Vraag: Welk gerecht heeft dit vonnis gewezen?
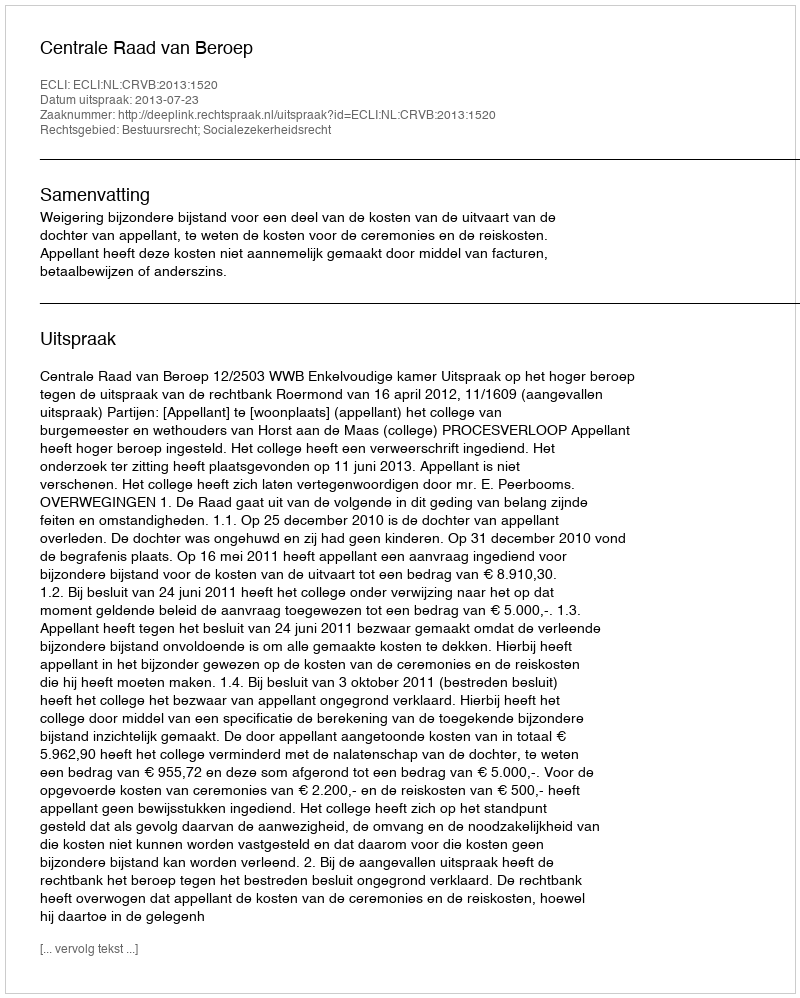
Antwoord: Centrale Raad van Beroep